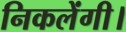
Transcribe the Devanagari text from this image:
निकलेंगी।